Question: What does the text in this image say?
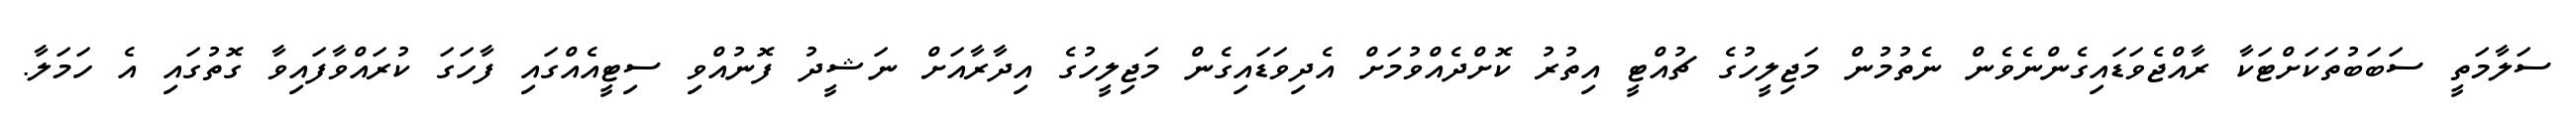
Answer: ސަލާމަތީ ސަބަބުތަކަށްޓަކާ ރާއްޖެވަޑައިގެންނެވެން ނެތުމުން މަޖިލީހުގެ ޗުއްޓީ އިތުރު ކޮށްދެއްވުމަށް އެދިވަޑައިގެން މަޖިލީހުގެ އިދާރާއަށް ނަޝީދު ފޮނުއްވި ސިޓީއެއްގައި ފާހަގަ ކުރައްވާފައިވާ ގޮތުގައި އެ ހަމަލާ.